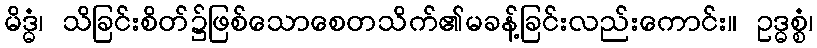
မိဒ္ဓံ၊ သိခြင်းစိတ်၌ဖြစ်သောစေတသိက်၏မခန့်ခြင်းလည်းကောင်း။ ဥဒ္ဓစ္စံ၊